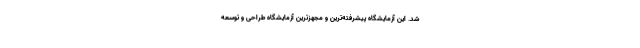
شد. این آزمایشگاه پیشرفته‌ترین و مجهزترین آزمایشگاه طراحی و توسعه